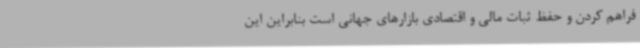
فراهم کردن و حفظ ثبات مالی و اقتصادی بازارهای جهانی است بنابراین این